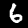
Label: 6